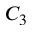
C _ { 3 }